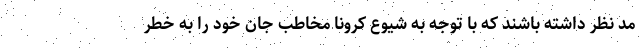
مد نظر داشته باشند که با توجه به شیوع کرونا مخاطب جان خود را به خطر